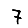
Digit: 7